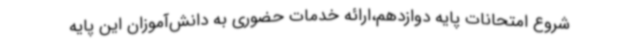
شروع امتحانات پایه دوازدهم،ارائه خدمات حضوری به دانش‌آموزان این پایه